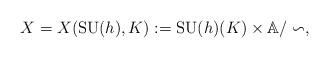
LaTeX: \begin{align*}X=X(\mathrm{SU}(h),K):= \mathrm{SU}(h)(K) \times \mathbb{A}/\backsim,\end{align*}